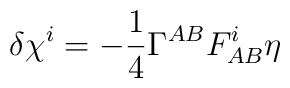
\delta \chi^i = -{1\over4}\Gamma^{AB}F_{AB}^i\eta